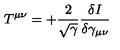
T ^ { \mu \nu } = + \frac { 2 } { \sqrt { \gamma } } \frac { \delta I } { \delta \gamma _ { \mu \nu } }